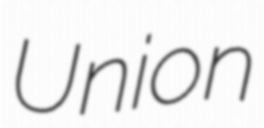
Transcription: Union